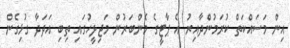
އިން މަސައްކަތް ކުރަމުންދާއިރު އެ ޕާޓީގެ މެންބަރުން މަޖިލީހުގައި ތިބި އަދަދާ ގުޅިގެން